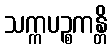
သက္ကပဉ္စကန္တိ